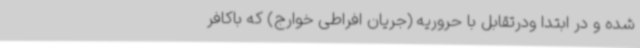
شده و در ابتدا ودرتقابل با حروریه (جریان افراطی خوارج) که باکافر